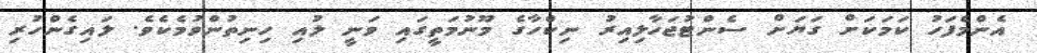
އެންމެފަހު ކަމަކަށް ގަޔަށް ސެންޓުޖަހާލިއިރު ނިކްހާގެ މޫނުމަތީގައި ވަނީ ލުއި ހިނިތުންވުމެކެވެ. ލައިގެންހުރި